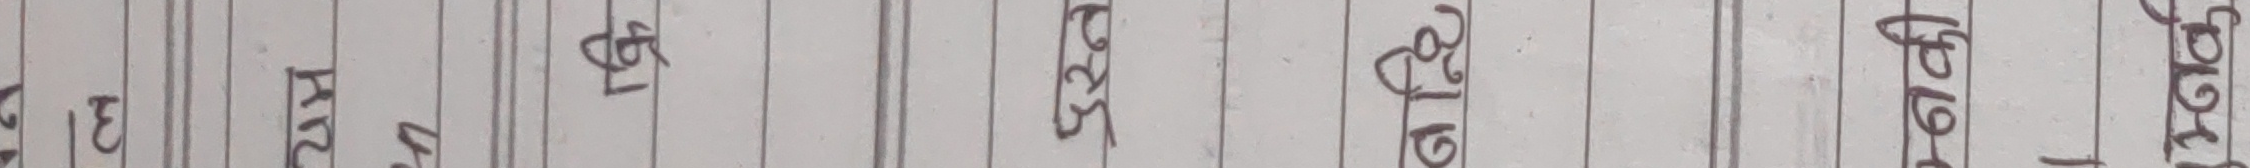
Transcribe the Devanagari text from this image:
तरकारीहरू